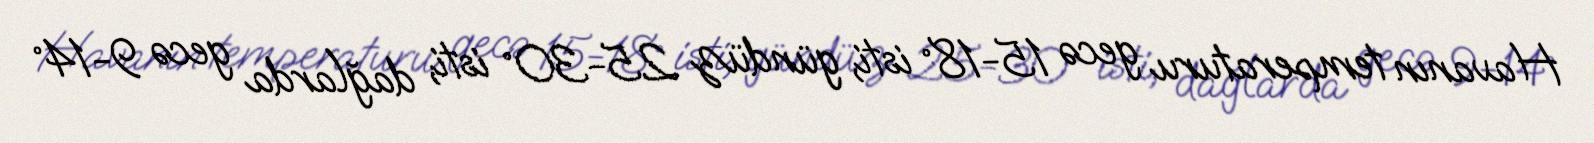
Havanın temperaturu gecə 15-18° isti, gündüz 25-30° isti, dağlarda gecə 9-14°